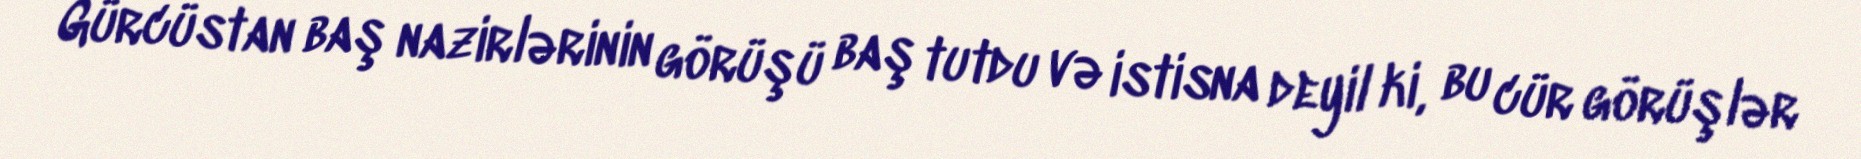
Gürcüstan baş nazirlərinin görüşü baş tutdu və istisna deyil ki, bu cür görüşlər